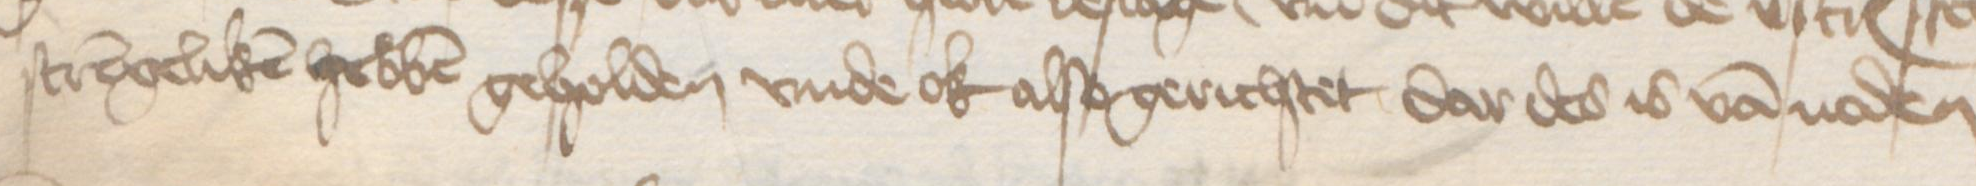
strengeliken hebben geholden vnde ok also gerichtet dar des is van noden